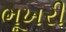
ભૂખરી